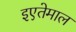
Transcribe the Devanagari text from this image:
इएतेमाल